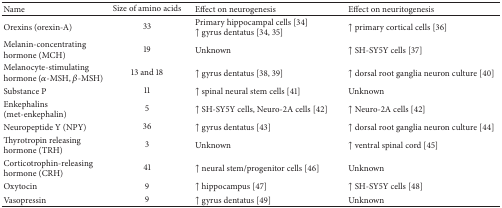
| Name | Size of amino acids | Effect on neurogenesis | Effect on neuritogenesis |
 | --- | --- | --- | --- |
 | Orexins (orexin-A) | 33 | Primary hippocampal cells [34]↑ gyrus dentatus [34, 35] | ↑ primary cortical cells [36] |
 | Melanin-concentrating hormone (MCH) | 19 | Unknown | ↑ SH-SY5Y cells [37] |
 | Melanocyte-stimulating hormone (α-MSH, β-MSH) | 13 and 18 | ↑ gyrus dentatus [38, 39] | ↑ dorsal root ganglia neuron culture [40] |
 | Substance P | 11 | ↑ spinal neural stem cells [41] | Unknown |
 | Enkephalins (met-enkephalin) | 5 | ↑ SH-SY5Y cells, Neuro-2A cells [42] | ↑ Neuro-2A cells [42] |
 | Neuropeptide Y (NPY) | 36 | ↑ gyrus dentatus [43] | ↑ dorsal root ganglia neuron culture [44] |
 | Thyrotropin releasing hormone (TRH) | 3 | Unknown | ↑ ventral spinal cord [45] |
 | Corticotrophin-releasing hormone (CRH) | 41 | ↑ neural stem/progenitor cells [46] | Unknown |
 | Oxytocin | 9 | ↑ hippocampus [47] | ↑ SH-SY5Y cells [48] |
 | Vasopressin | 9 | ↑ gyrus dentatus [49] | Unknown |